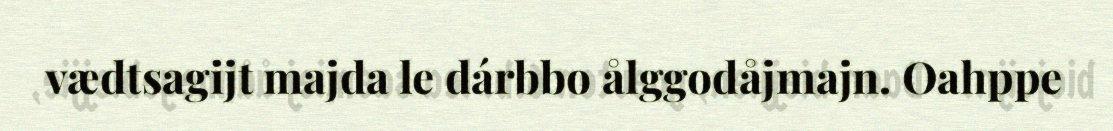
vædtsagijt majda le dárbbo ålggodåjmajn. Oahppe